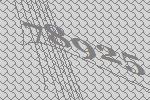
78925